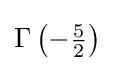
\Gamma \left(-{\tfrac {5}{2}}\right)